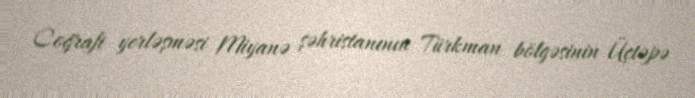
Coğrafi yerləşməsi Miyanə şəhristanının Türkman bölgəsinin Üçtəpə